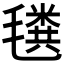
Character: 𰚲